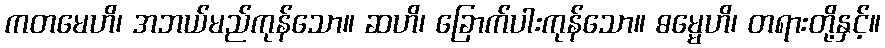
ကတမေဟိ၊ အဘယ်မည်ကုန်သော။ ဆဟိ၊ ခြောက်ပါးကုန်သော။ ဓမ္မေဟိ၊ တရားတို့နှင့်။